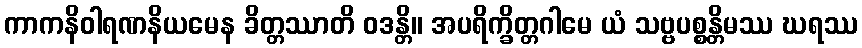
ကာကနိဝါရဏနိယမေန ခိတ္တဿာတိ ဝဒန္တိ။ အပရိက္ခိတ္တဂါမေ ယံ သဗ္ဗပစ္စန္တိမဿ ဃရဿ